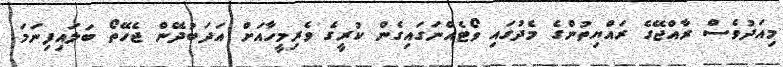
މިއަދުވެސް ރާއްޖޭގެ ރައްޔިތުންގެ މެދުގައި ވޯޓެއްނަގައިގެން ކުރީގެ ވެރިމީހާއަށް އަދަބުދޭން ޖެހޭތޯ ބަލައިފިނަމަ